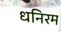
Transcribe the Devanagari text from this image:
धनिरम